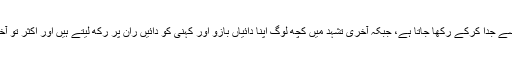
عام طور پر درمیانے تشہد میں تو دونوں بازوؤں کو رانوں سے جدا کرکے رکھا جاتا ہے، جبکہ آخری تشہد میں کچھ لوگ اپنا دائیاں بازو اور کہنی کو دائیں ران پر رکھ لیتے ہیں اور اکثر تو آخری تشہد میں بھی اپنی کہنی ران سے ہٹاکر ہی رکھتے ہیں۔